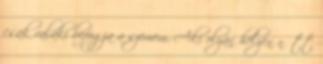
csak valaki befogja a szemem. Aki olyan helyen nőtt